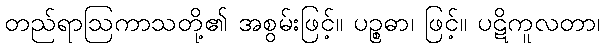
တည်ရာဩကာသတို့၏ အစွမ်းဖြင့်။ ပဉ္စဓာ၊ ဖြင့်။ ပဋိကူလတာ၊